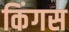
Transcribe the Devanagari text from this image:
किंगस